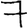
Digit: 7